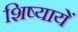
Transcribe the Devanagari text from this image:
शिष्यायें